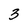
Character: 3